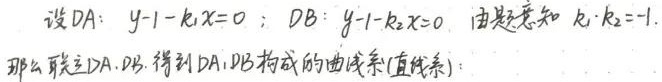
设 \(DA:y - 1 - k_1x = 0\)；\(DB:y - 1 - k_2x = 0\)。由题意知 \(k_1\cdot k_2=-1\)。那么联立 \(DA,DB\)，得到 \(DA,DB\) 构成的曲线系(直线系)：